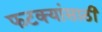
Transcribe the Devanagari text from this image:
फटक्यांसाठी